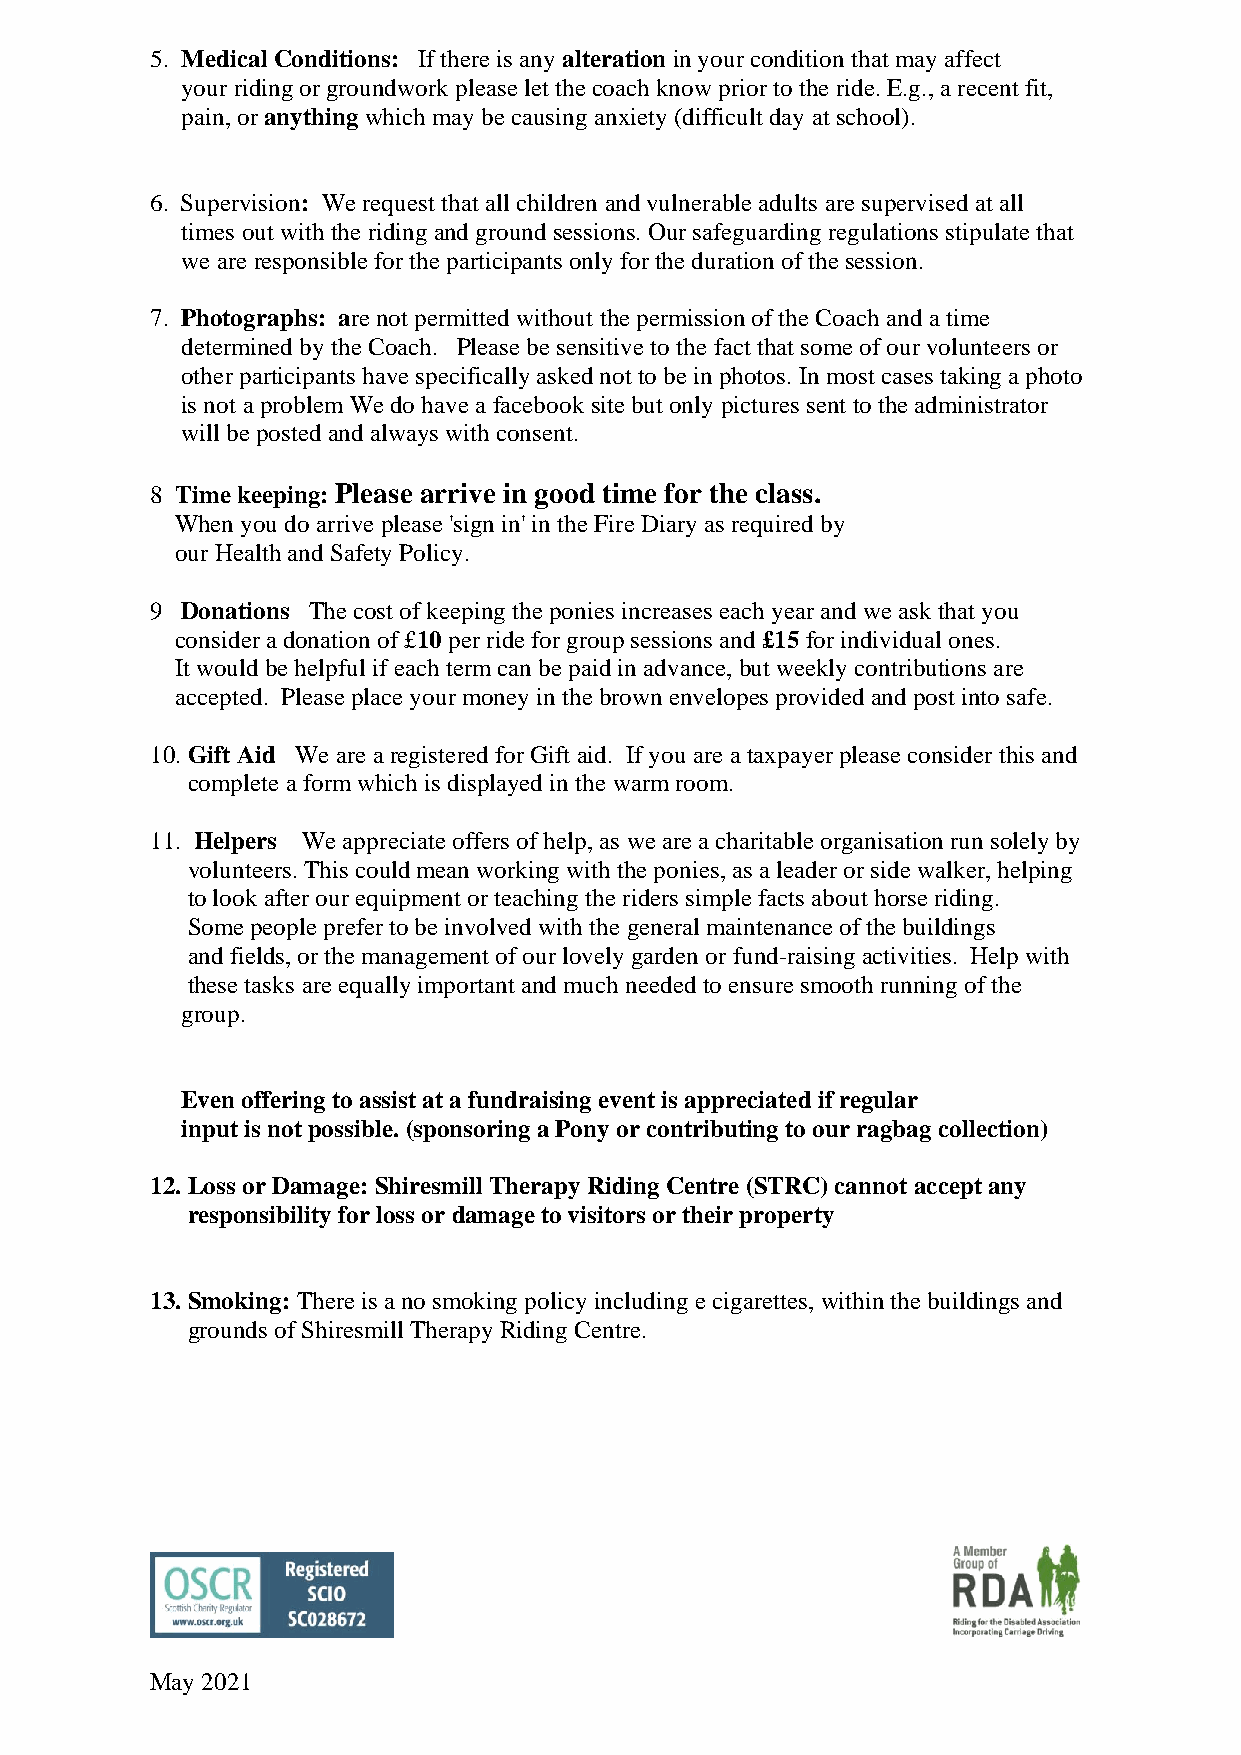
5. Medical Conditions: If there is any alteration in your condition that may affect
 your riding or groundwork please let the coach know prior to the ride. E.g., a recent fit,
 pain, or anything which may be causing anxiety (difficult day at school).
 6. Supervision: We request that all children and vulnerable adults are supervised at all
 times out with the riding and ground sessions. Our safeguarding regulations stipulate that
 we are responsible for the participants only for the duration of the session.
 7. Photographs: are not permitted without the permission of the Coach and a time
 determined by the Coach. Please be sensitive to the fact that some of our volunteers or
 other participants have specifically asked not to be in photos. In most cases taking a photo
 is not a problem We do have a facebook site but only pictures sent to the administrator
 will be posted and always with consent.
 8 Time keeping: Please arrive in good time for the class.
 When you do arrive please 'sign in' in the Fire Diary as required by
 our Health and Safety Policy.
 9 Donations The cost of keeping the ponies increases each year and we ask that you
 consider a donation of £10 per ride for group sessions and £15 for individual ones.
 It would be helpful if each term can be paid in advance, but weekly contributions are
 accepted. Please place your money in the brown envelopes provided and post into safe.
 10. Gift Aid We are a registered for Gift aid. If you are a taxpayer please consider this and
 complete a form which is displayed in the warm room.
 11. Helpers We appreciate offers of help, as we are a charitable organisation run solely by
 volunteers. This could mean working with the ponies, as a leader or side walker, helping
 to look after our equipment or teaching the riders simple facts about horse riding.
 Some people prefer to be involved with the general maintenance of the buildings
 and fields, or the management of our lovely garden or fund-raising activities. Help with
 these tasks are equally important and much needed to ensure smooth running of the
 group.
 Even offering to assist at a fundraising event is appreciated if regular
 input is not possible. (sponsoring a Pony or contributing to our ragbag collection)
 12. Loss or Damage: Shiresmill Therapy Riding Centre (STRC) cannot accept any
 responsibility for loss or damage to visitors or their property
 13. Smoking: There is a no smoking policy including e cigarettes, within the buildings and
 grounds of Shiresmill Therapy Riding Centre.
 May 2021